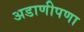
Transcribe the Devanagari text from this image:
अडाणीपणा